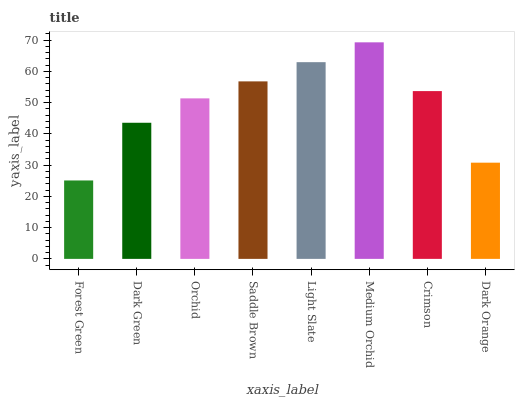
| xaxis_label | bars |
 | --- | --- |
 | Forest Green | 25.1 |
 | Dark Green | 43.6 |
 | Orchid | 51.4 |
 | Saddle Brown | 56.8 |
 | Light Slate | 63 |
 | Medium Orchid | 69.3 |
 | Crimson | 53.7 |
 | Dark Orange | 30.8 |